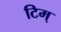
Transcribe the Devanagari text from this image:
टिम्